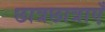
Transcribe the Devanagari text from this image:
छात्रछात्राएँ